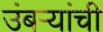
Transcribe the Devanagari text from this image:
उंबऱ्यांची